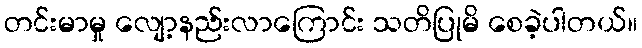
တင်းမာမှု လျော့နည်းလာကြောင်း သတိပြုမိ စေခဲ့ပါတယ်။